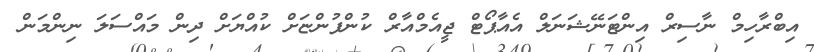
އިބްރާހިމް ނާސިރް އިންޓަނޭޝަނަލް އެއާޕޯޓް ޖީއެމްއާރް ކުންފުންޏަށް ކުއްޔަށް ދިން މައްސަލަ ނިންމަން